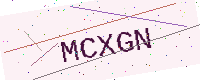
Text: MCXGN